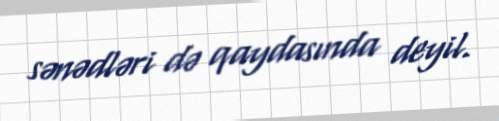
sənədləri də qaydasında deyil.